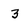
Character: 3